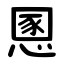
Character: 慁